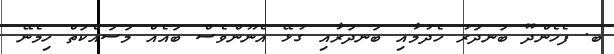
ބ. ފެހެންދޫ ބަނދަރު ހެދުމާއި ބަނދަރާއި ގުޅޭ އެނޫންވެސް ބައެއް މަސައްކަތް ހިމެނޭ